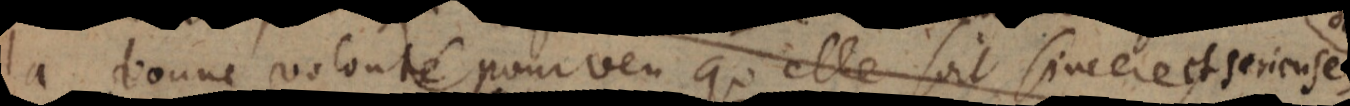
la bonne volonté pourveu qu’elle soit sincere, ses sujets